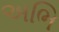
અભિ